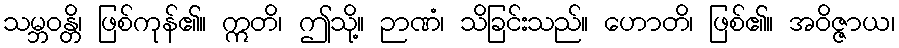
သမ္ဘဝန္တိ၊ ဖြစ်ကုန်၏။ ဣတိ၊ ဤသို့။ ဉာဏံ၊ သိခြင်းသည်။ ဟောတိ၊ ဖြစ်၏။ အဝိဇ္ဇာယ၊